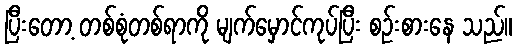
ပြီးတော့ တစ်စုံတစ်ရာကို မျက်မှောင်ကုပ်ပြီး စဉ်းစားနေ သည်။